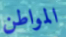
المواطن